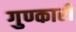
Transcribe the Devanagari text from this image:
गुण्कारी